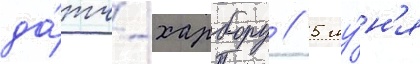
да́тч-харбору // 5 иу́н'я